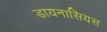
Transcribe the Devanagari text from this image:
डायनासियस